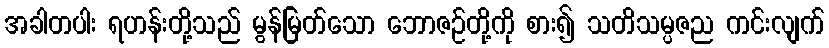
အခါတပါး ရဟန်းတို့သည် မွန်မြတ်သော ဘောဇဉ်တို့ကို စား၍ သတိသမ္ပဇည ကင်းလျက်